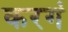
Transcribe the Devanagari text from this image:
करगं